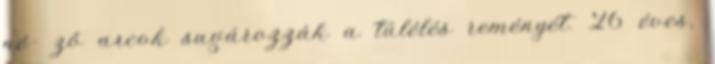
né- ző arcok sugározzák a túlélés reményét. 26 éves,